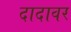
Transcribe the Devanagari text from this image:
दादावर